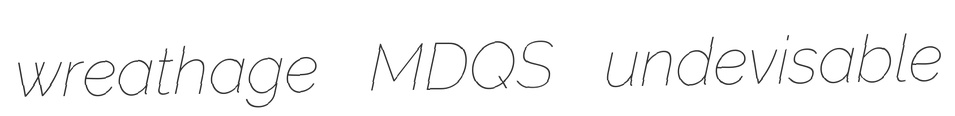
wreathage MDQS undevisable